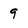
Character: 9